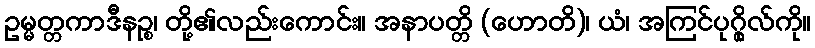
ဥမ္မတ္တကာဒီနဉ္စ၊ တို့၏လည်းကောင်း။ အနာပတ္တိ (ဟောတိ)၊ ယံ၊ အကြင်ပုဂ္ဂိုလ်ကို။